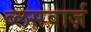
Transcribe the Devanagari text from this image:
ब्लसवार्ज़